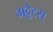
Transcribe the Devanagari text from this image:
गट्टेटस